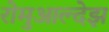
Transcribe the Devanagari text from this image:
रोमुआल्देझ